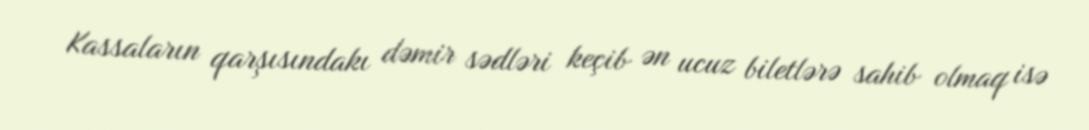
Kassaların qarşısındakı dəmir sədləri keçib ən ucuz biletlərə sahib olmaq isə